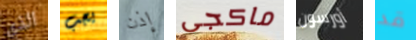
الذي يجب إذن ماكجى أورسون قد